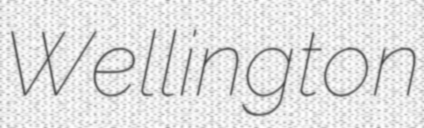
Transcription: Wellington